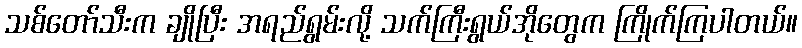
သစ်တော်သီးက ချိုပြီး အရည်ရွမ်းလို့ သက်ကြီးရွယ်အိုတွေက ကြိုက်ကြပါတယ်။